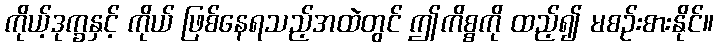
ကိုယ့်ဒုက္ခနှင့် ကိုယ် ဖြစ်နေရသည့်အထဲတွင် ဤကိစ္စကို ထည့်၍ မစဉ်းစားနိုင်။